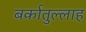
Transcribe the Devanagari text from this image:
बर्कातुल्लाह